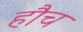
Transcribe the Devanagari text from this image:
हौच